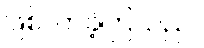
ဖြစ်လာခဲ့ကြသည်။